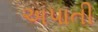
અપાતી